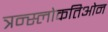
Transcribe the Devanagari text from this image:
त्रन्स्लोकतिओन